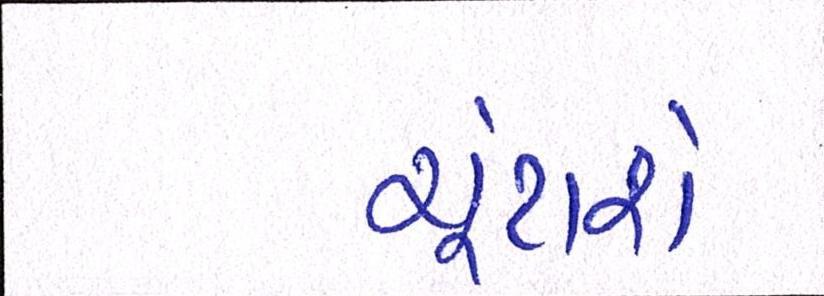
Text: ચૂંટાશે